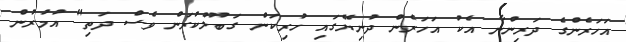
އަހަރެންގެ ދަރިންނާ އެކު އަހަރެން ދުނިޔޭގައި ހުރިކަން ގަބޫލުކުރަން ވެސް ދަތި" އުމުރުން